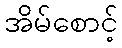
အိမ်စောင့်